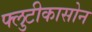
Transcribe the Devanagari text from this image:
फ्लुटीकासोन